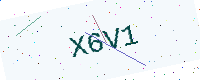
Text: X6V1